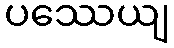
ပဿေယျ